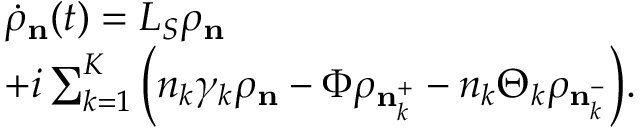
\begin{array} { r l } & { { { \dot { \rho } } _ { \mathbf { n } } ( t ) } = { { L } _ { S } } { { \rho } _ { \mathbf { n } } } } \\ & { + i \sum _ { k = 1 } ^ { K } { \left( { { n } _ { k } } { { \gamma } _ { k } } { { \rho } _ { \mathbf { n } } } - \Phi { { \rho } _ { \mathbf { n } _ { k } ^ { + } } } - { { n } _ { k } } { { \Theta } _ { k } } { { \rho } _ { \mathbf { n } _ { k } ^ { - } } } \right) } . } \end{array}